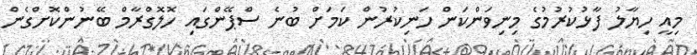
މިއީ ހިޔާލު ފާޅުކުރުމުގެ މިނިވަންކަން ހަނިކުރުން ކަމަށް ބުނެ ސްޕޭންގައި ހޮލޮގްރާމް ބޭނުންކޮށްގެން